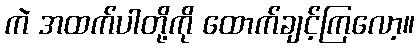
ကဲ အထက်ပါတို့ကို ထောက်ချင့်ကြလော့။